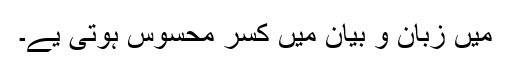
میں زبان و بیان میں کسر محسوس ہوتی یے۔